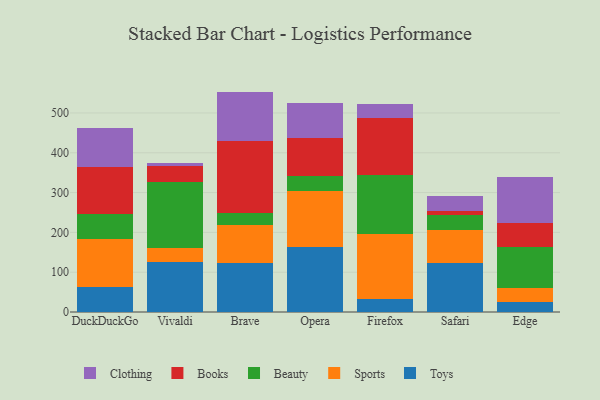
{"axis": {"x": "Browser", "y": "Page Views"}, "legend": ["Beauty", "Books", "Clothing", "Sports", "Toys"], "data": [{"x": "DuckDuckGo", "y": 61.6, "type": "Toys"}, {"x": "DuckDuckGo", "y": 120.8, "type": "Sports"}, {"x": "DuckDuckGo", "y": 63.3, "type": "Beauty"}, {"x": "DuckDuckGo", "y": 119.0, "type": "Books"}, {"x": "DuckDuckGo", "y": 96.4, "type": "Clothing"}, {"x": "Vivaldi", "y": 124.7, "type": "Toys"}, {"x": "Vivaldi", "y": 35.4, "type": "Sports"}, {"x": "Vivaldi", "y": 166.9, "type": "Beauty"}, {"x": "Vivaldi", "y": 38.6, "type": "Books"}, {"x": "Vivaldi", "y": 8.5, "type": "Clothing"}, {"x": "Brave", "y": 123.8, "type": "Toys"}, {"x": "Brave", "y": 94.8, "type": "Sports"}, {"x": "Brave", "y": 30.3, "type": "Beauty"}, {"x": "Brave", "y": 179.7, "type": "Books"}, {"x": "Brave", "y": 125.1, "type": "Clothing"}, {"x": "Opera", "y": 162.8, "type": "Toys"}, {"x": "Opera", "y": 141.0, "type": "Sports"}, {"x": "Opera", "y": 37.3, "type": "Beauty"}, {"x": "Opera", "y": 96.1, "type": "Books"}, {"x": "Opera", "y": 88.7, "type": "Clothing"}, {"x": "Firefox", "y": 33.2, "type": "Toys"}, {"x": "Firefox", "y": 162.7, "type": "Sports"}, {"x": "Firefox", "y": 147.4, "type": "Beauty"}, {"x": "Firefox", "y": 143.2, "type": "Books"}, {"x": "Firefox", "y": 36.1, "type": "Clothing"}, {"x": "Safari", "y": 122.2, "type": "Toys"}, {"x": "Safari", "y": 82.9, "type": "Sports"}, {"x": "Safari", "y": 37.8, "type": "Beauty"}, {"x": "Safari", "y": 11.1, "type": "Books"}, {"x": "Safari", "y": 36.2, "type": "Clothing"}, {"x": "Edge", "y": 26.2, "type": "Toys"}, {"x": "Edge", "y": 34.8, "type": "Sports"}, {"x": "Edge", "y": 102.5, "type": "Beauty"}, {"x": "Edge", "y": 60.7, "type": "Books"}, {"x": "Edge", "y": 114.3, "type": "Clothing"}]}